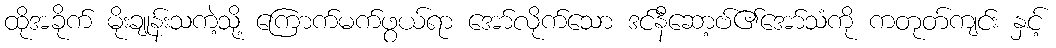
ထိုအခိုက် မိုးချုန်းသကဲ့သို့ ကြောက်မက်ဖွယ်ရာ အော်လိုက်သော ဒင်နီဆော့ဗ်၏အော်သံကို ကတုတ်ကျင်း နှင့်